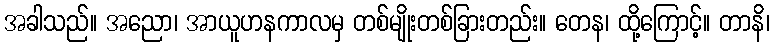
အခါသည်။ အညော၊ အာယူဟနကာလမှ တစ်မျိုးတစ်ခြားတည်း။ တေန၊ ထို့ကြောင့်။ တာနိ၊